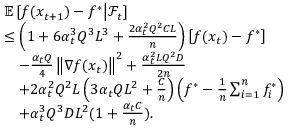
\begin{array} { r l } & { \mathbb { E } \left[ f ( x _ { t + 1 } ) - f ^ { * } \middle | \mathcal { F } _ { t } \right] } \\ & { \leq \left( 1 + 6 \alpha _ { t } ^ { 3 } Q ^ { 3 } L ^ { 3 } + \frac { 2 \alpha _ { t } ^ { 2 } Q ^ { 2 } C L } { n } \right) \left[ f ( x _ { t } ) - f ^ { * } \right] } \\ & { \quad - \frac { \alpha _ { t } Q } { 4 } \left\Vert \nabla f ( x _ { t } ) \right\Vert ^ { 2 } + \frac { \alpha _ { t } ^ { 2 } L Q ^ { 2 } D } { 2 n } } \\ & { \quad + 2 \alpha _ { t } ^ { 2 } Q ^ { 2 } L \left( 3 \alpha _ { t } Q L ^ { 2 } + \frac { C } { n } \right) \left( f ^ { * } - \frac { 1 } { n } \sum _ { i = 1 } ^ { n } f _ { i } ^ { * } \right) } \\ & { \quad + \alpha _ { t } ^ { 3 } Q ^ { 3 } D L ^ { 2 } ( 1 + \frac { \alpha _ { t } C } { n } ) . } \end{array}